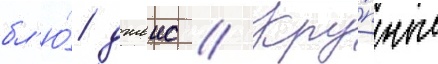
бл'ю́ джеис // Кру́пные